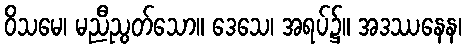
ဝိသမေ၊ မညီညွတ်သော။ ဒေသေ၊ အရပ်၌။ အဒဿနေန၊